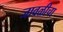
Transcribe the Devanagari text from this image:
जावळीचा